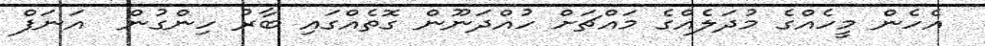
އެހެން މީހެއްގެ މުދަލެއްގެ މައްޗަށް ހުއްދަނޫން ގޮތެއްގައި ބާރު ހިންގުން  އަނަފް